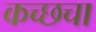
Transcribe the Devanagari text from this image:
कच्छचा